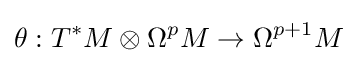
\theta :T^{*}M\otimes \Omega ^{p}M\rightarrow \Omega ^{p+1}M